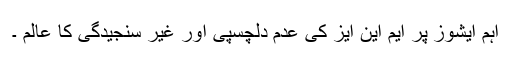
اہم ایشوز پر ایم این ایز کی عدم دلچسپی اور غیر سنجیدگی کا عالم ۔